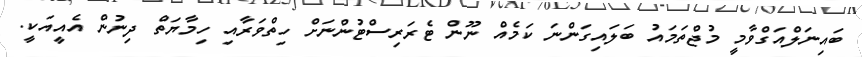
ބައިނަލްއަގްވާމީ މުޖްތަމައު ބަލައިގަންނަ ކަމެއް ނޫން ޓެރަރިސްޓުންނަށް ހިތްވަރާއި ހިމާޔަތް ދިނުން އެއީއަކީ.